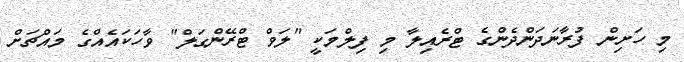
މި ހަށިން ފުރާނަދަންދެންގެ ޓްރެއިލާ މި ފިލްމަކީ "ލަވް ޓްރޭންގަލް" ވާހަކައެއްގެ މައްޗަށް